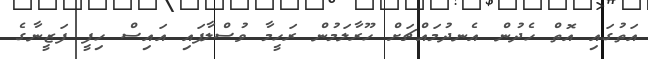
އަތުގައި އޮތް ހެދުން އެނދުމައްޗަށް ހޫރާލަމުން ރަހީމާ ވުސްލާފައި އައިސް ހިފީ ފަޒީނާގެ